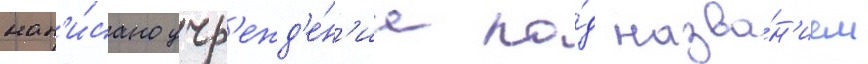
нап'и́сано учр'ежд'е́н'ие по́д назва́н'ием